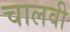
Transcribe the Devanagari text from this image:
चालवी